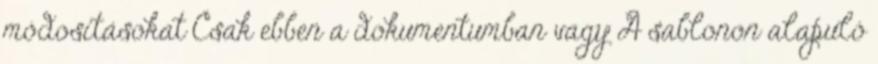
módosításokat Csak ebben a dokumentumban vagy A sablonon alapuló